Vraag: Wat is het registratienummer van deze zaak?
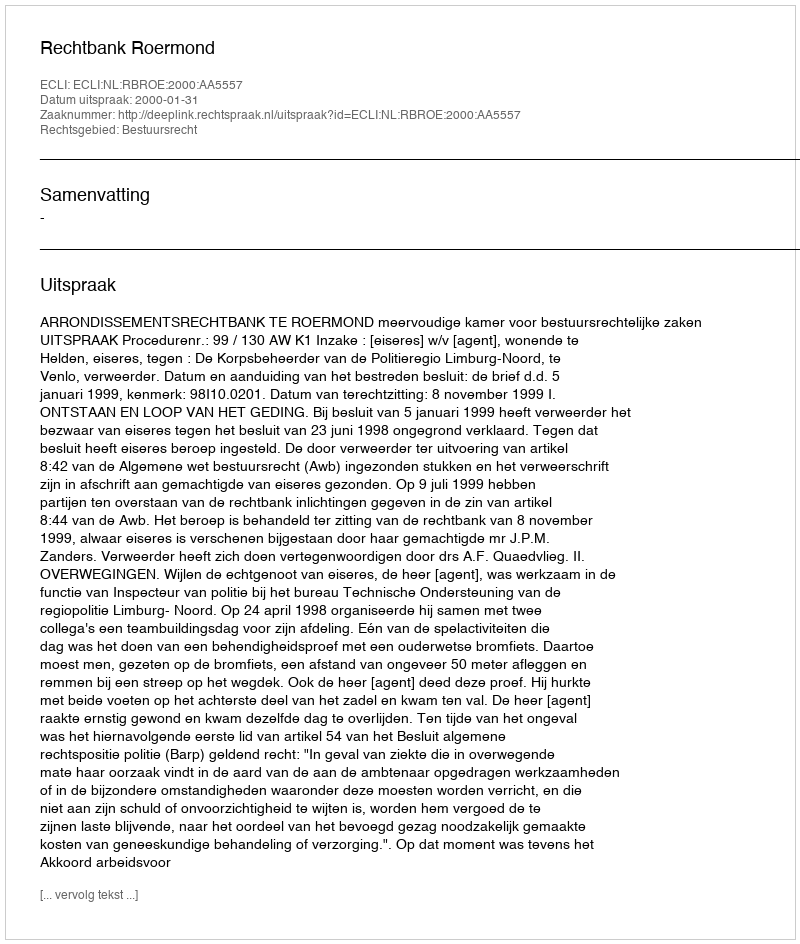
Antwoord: http://deeplink.rechtspraak.nl/uitspraak?id=ECLI:NL:RBROE:2000:AA5557